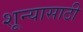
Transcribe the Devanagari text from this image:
शून्यासाठी